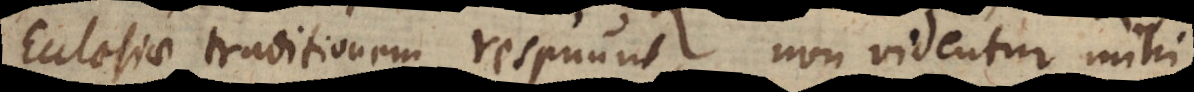
Ecclesiae traditionem respuunt, non videntur mihi